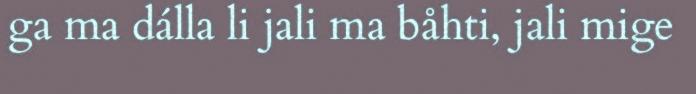
ga ma dálla li jali ma båhti, jali mige